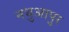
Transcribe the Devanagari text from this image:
नथुआपुर